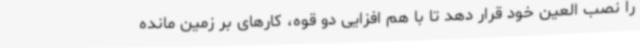
را نصب العین خود قرار دهد تا با هم افزایی دو قوه، کارهای بر زمین مانده